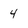
Character: 4